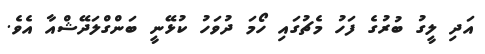
އަދި ލީގު ބުރުގެ ފަހު މެޗުގައި ހޯމަ ދުވަހު ކުޅޭނީ ބަންގްލަދޭޝްއާ އެވެ.